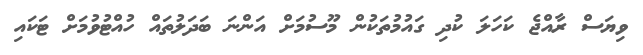
ވިޔަސް ރާއްޖެ ކަހަލަ ކުދި ގައުމުތަކުން މޫސުމަށް އަންނަ ބަދަލުތައް ހުއްޓުވުމަށް ޓަކައި